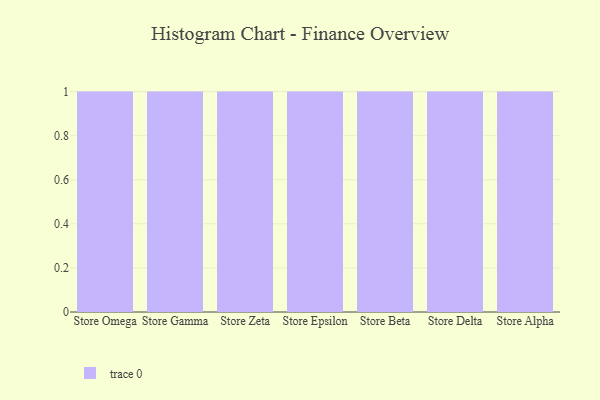
{"axis": {"x": "Store", "y": "LTV (USD)"}, "legend": [""], "data": [{"x": "Store Omega", "y": 92, "type": ""}, {"x": "Store Gamma", "y": 8, "type": ""}, {"x": "Store Zeta", "y": 67, "type": ""}, {"x": "Store Epsilon", "y": 70, "type": ""}, {"x": "Store Beta", "y": 97, "type": ""}, {"x": "Store Delta", "y": 39, "type": ""}, {"x": "Store Alpha", "y": 45, "type": ""}]}